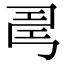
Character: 𢏚